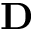
\mathbf { D }